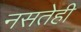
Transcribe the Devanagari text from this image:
नसतेही